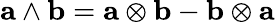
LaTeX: \mathbf a\wedge\mathbf b=\mathbf a\otimes\mathbf b-\mathbf b\otimes\mathbf a